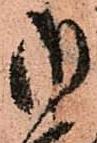
御